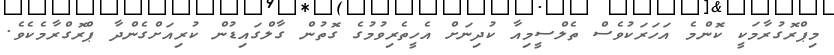
މިޕްރޮގުރާމަކީ ކޮންމެ އަހަރަކުވެސް ތެލްސީމިއާ ކުދިނަށް އެހީތެރިވުމުގެ ގޮތުން ގާލްގައިޑުން ކުރިއަށްގެންދާ ޕްރޮގްރާމެކެވެ.